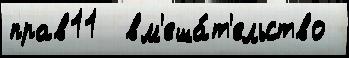
прав11  вм'еша́т'ельство